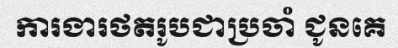
ការងារថតរូបជាប្រចាំ ជូនគេ